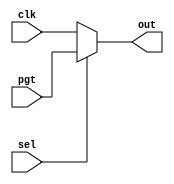
module mux(
    input wire sel, pgt, clk,
    output reg out
);

    always @(*) begin
        if (sel == 0) begin
            out = clk;
        end

        else begin
            out = pgt;
        end
    end
endmodule